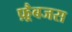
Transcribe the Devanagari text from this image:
फ़्रैबजस